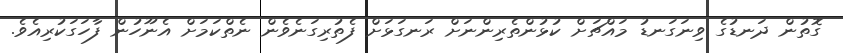
ގޮތުން ދަނޑުގެ ވިނަގަނޑު މައްޗަށް ކުޅުންތެރިންނަށް ރަނގަޅަށް ފެތުރިގަނެވެން ނެތްކަމަށް އެނޫހުން ފާހަގަކުރިއެވެ.